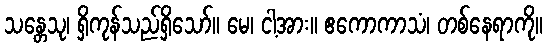
သန္တေသု၊ ရှိကုန်သည်ရှိသော်။ မေ၊ ငါ့အား။ ဧကောကာသံ၊ တစ်နေရာကို။